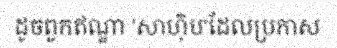
ដូចពួកឥណ្ឌា 'សាហ៊ិប'ដែលប្រកាស